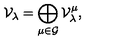
\mathcal { V } _ { \lambda } = \bigoplus _ { \mu \in \mathcal { G } } \mathcal { V } _ { \lambda } ^ { \mu } ,